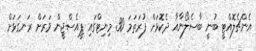
އެންޗެލޮއްޓީ ބުނީ ބާސެލޯނާއާ ދެކޮޅަށް ފުރަތަމަ 30 މިނިޓްގައި ޕީއެސްޖީން ވަރަށް ރަނގަޅަށް